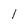
Character: l